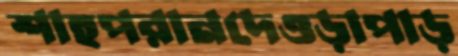
শাহপরানদেওড়াপাড়